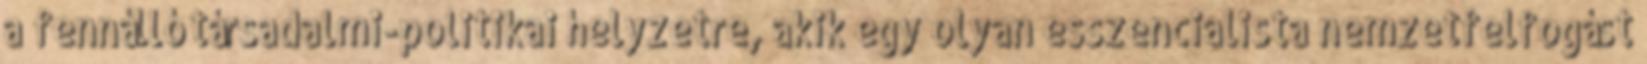
a fennálló társadalmi-politikai helyzetre, akik egy olyan esszencialista nemzetfelfogást